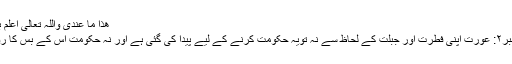
ھذا ما عندی واللہ تعالیٰ اعلم بالصواب
جواب نمبر۲: عورت اپنی فطرت اور جبلت کے لحاظ سے نہ تویہ حکومت کرنے کے لیے پیدا کی گئی ہے اور نہ حکومت اس کے بس کا روگ ہے۔